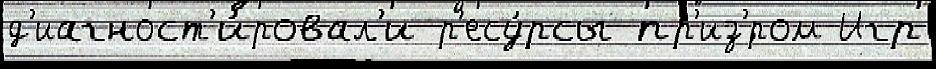
д'иагност'и́ровал'и р'есу́рсы пр'из'́ром Игр